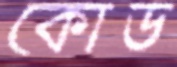
কোড